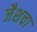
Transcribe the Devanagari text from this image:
जैशचा